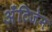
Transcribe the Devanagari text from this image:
अँटिजेन